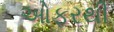
ઓફરથી